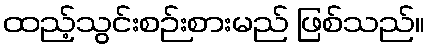
ထည့်သွင်းစဉ်းစားမည် ဖြစ်သည်။